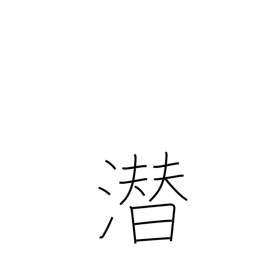
Meaning: hide